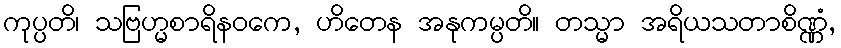
ကုပ္ပတိ၊ သဗြဟ္မစာရိနဝကေ, ဟိတေန အနုကမ္ပတိ။ တသ္မာ အရိယသတာစိဏ္ဏံ,